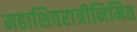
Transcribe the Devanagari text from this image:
महाशिवरात्रीनिमित्त